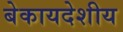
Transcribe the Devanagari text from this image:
बेकायदेशीय